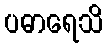
ပဓာရေသိ